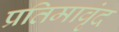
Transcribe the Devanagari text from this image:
प्रतिमावृंद